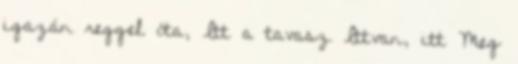
igazán reggel óta, Itt a tavasz Ittvan, itt Meg